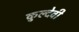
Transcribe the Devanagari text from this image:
कुल्देवी